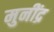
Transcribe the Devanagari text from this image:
मुनींद्र